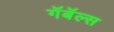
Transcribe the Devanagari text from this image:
गॅबॅल्स